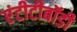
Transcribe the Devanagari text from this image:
एंटीटीबॉडी